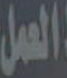
العمل